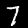
Label: 7